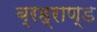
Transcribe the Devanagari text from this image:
ब्रह्राण्ड